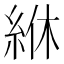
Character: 𫃢